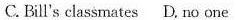
C. Bill's classmates D, no one